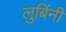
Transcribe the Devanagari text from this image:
लुबिंनी